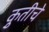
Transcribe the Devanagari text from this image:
कृुतीचे